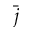
\bar { j }